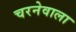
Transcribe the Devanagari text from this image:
चरनेवाला